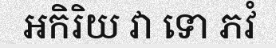
អកិរិយ វា ទោ ភវំ